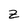
Character: z